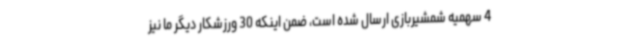
4 سهمیه شمشیربازی ارسال شده است، ضمن اینکه 30 ورزشکار دیگر ما نیز